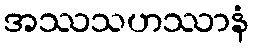
အဿသဟဿာနံ